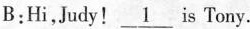
B:Hi,Judy! \underline{1} is Tony.